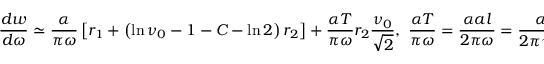
\displaystyle { \frac { d w } { d \omega } \simeq \frac { \alpha } { \pi \omega } \left[ r _ { 1 } + \left( \ln \nu _ { 0 } - 1 - C - \ln 2 \right) r _ { 2 } \right] + \frac { \alpha T } { \pi \omega } r _ { 2 } \frac { \nu _ { 0 } } { \sqrt { 2 } } , ~ \frac { \alpha T } { \pi \omega } = \frac { \alpha a l } { 2 \pi \omega } = \frac { \alpha } { 2 \pi \gamma ^ { 2 } } \frac { \varepsilon } { \varepsilon ^ { \prime } } l } .